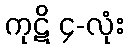
ကုဋိ ၄-လုံး